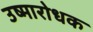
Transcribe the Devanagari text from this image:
उष्मारोधक